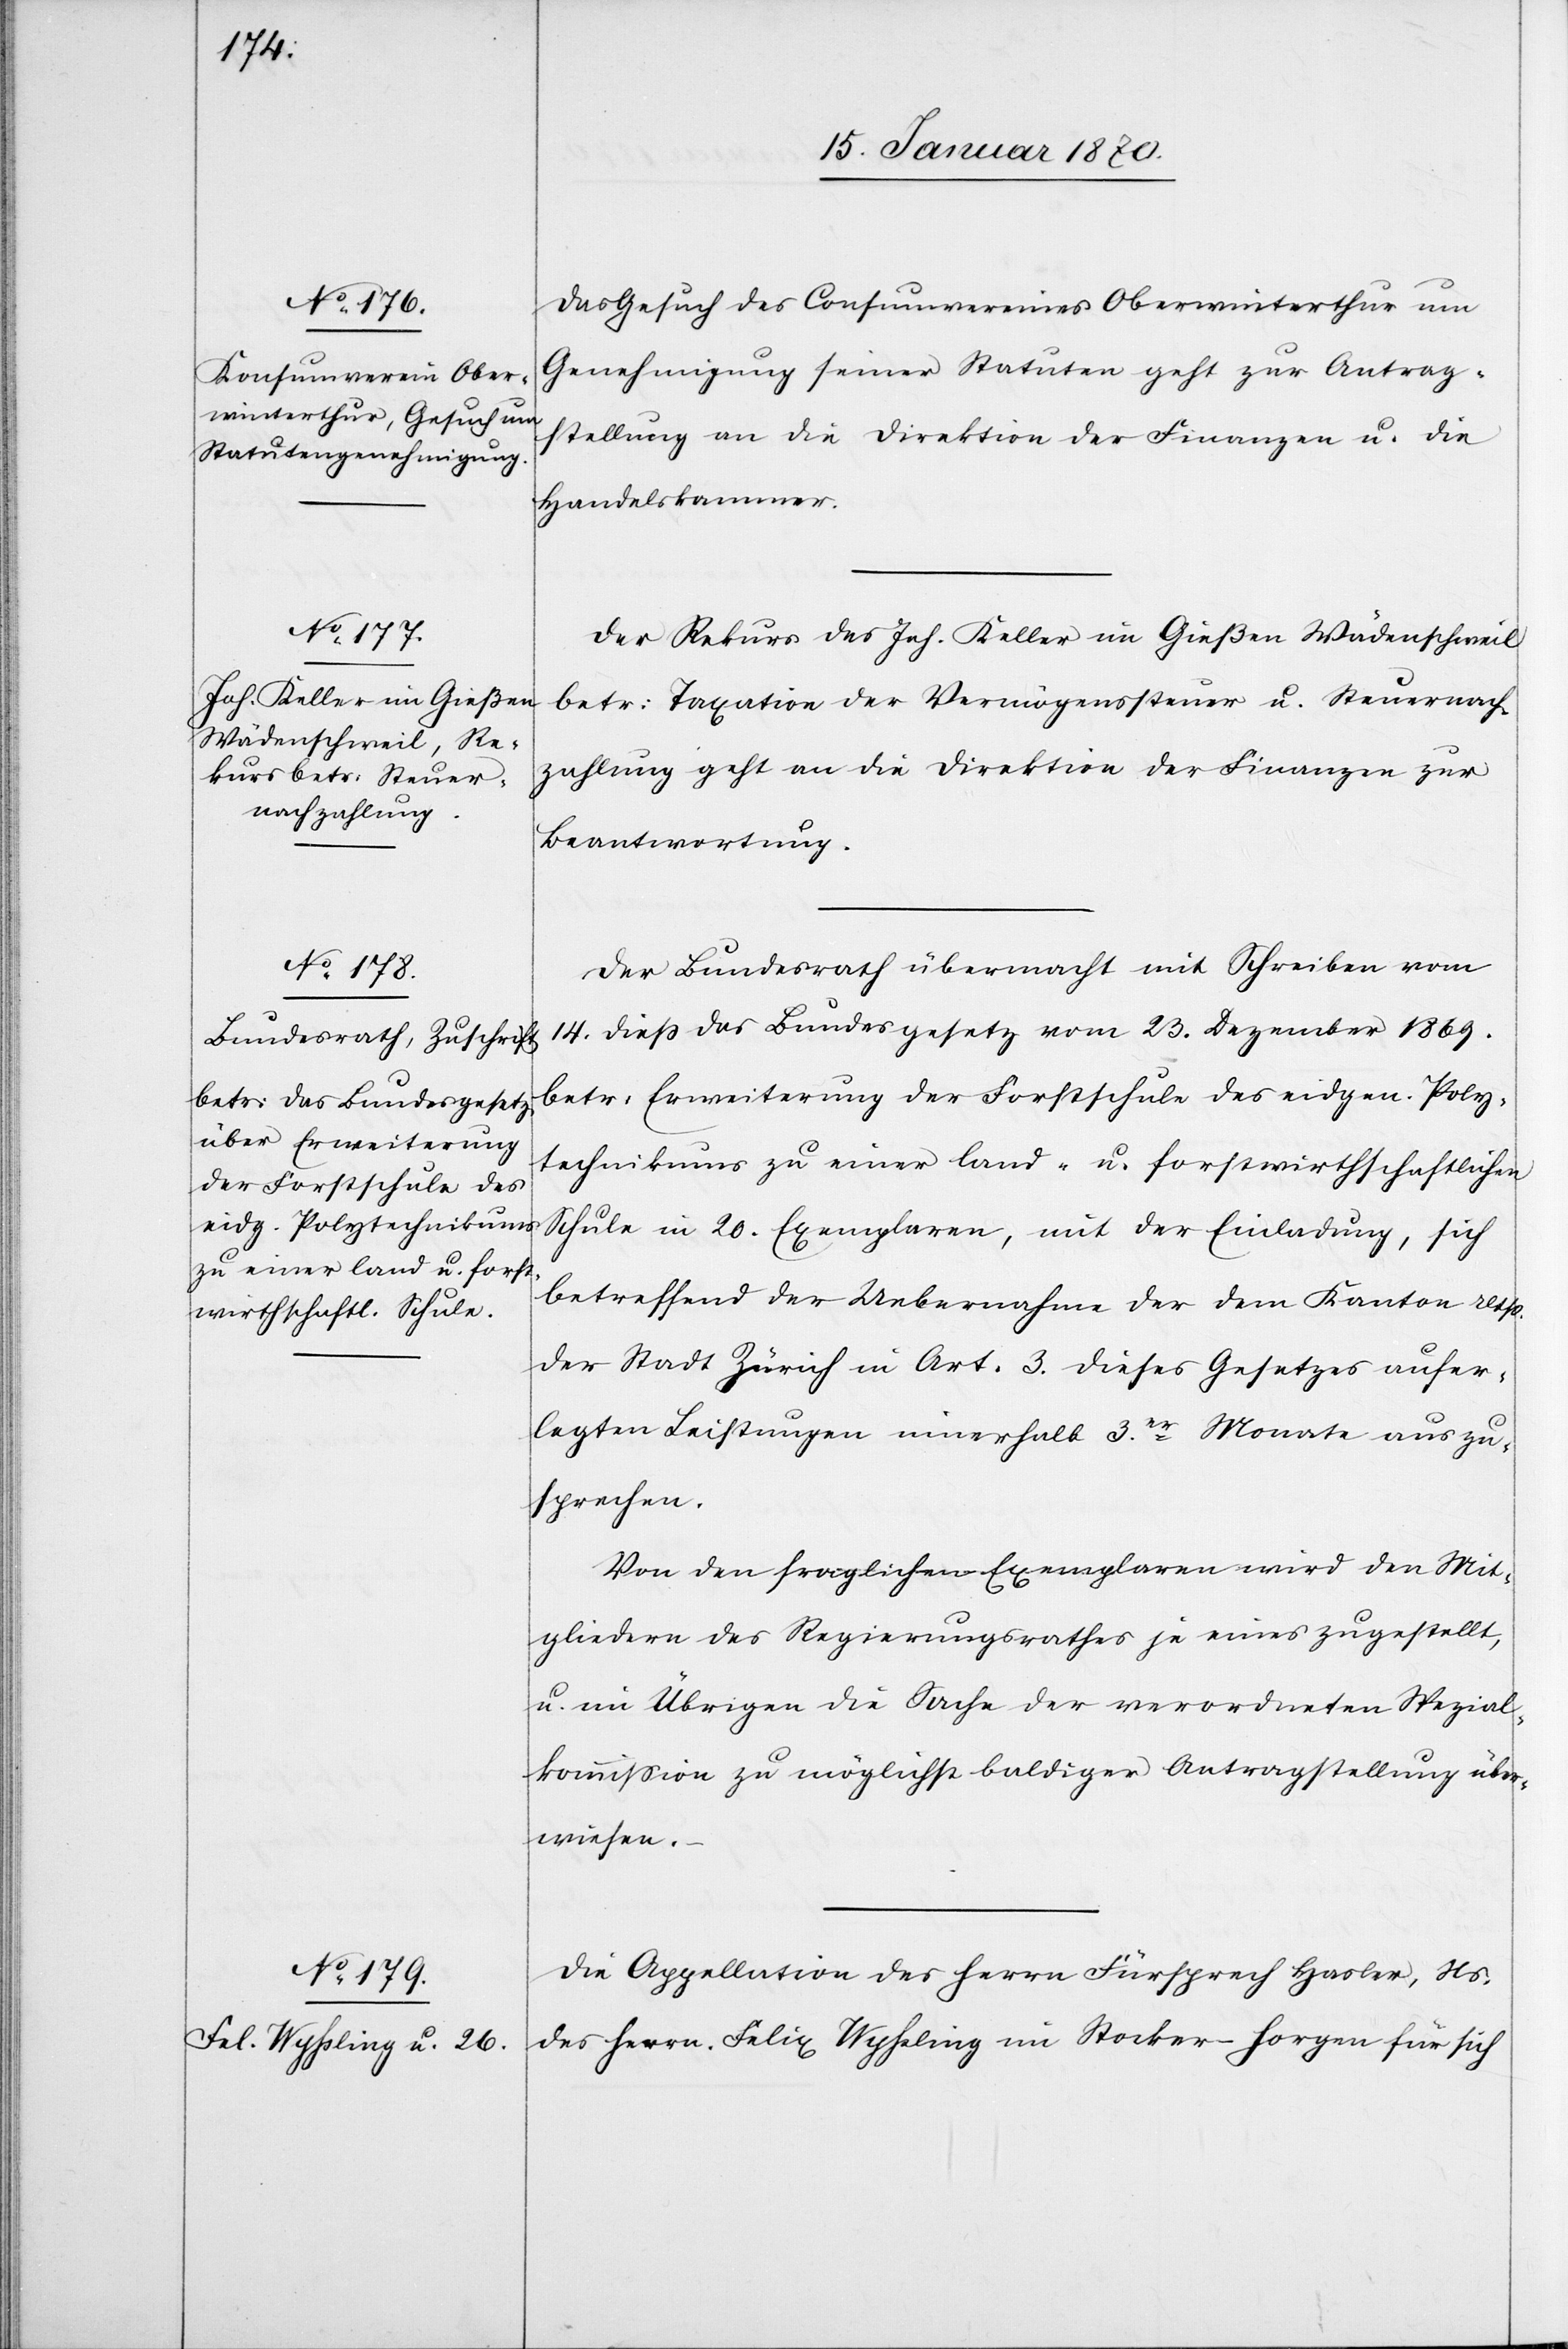
17. Januar 1870.]
Das Gesuch des Consumvereines Oberwinterthur um
Genehmigung seiner Statuten geht zur Antrag¬
stellung an die Direktion der Finanzen u. die
Handelskammer.
Der Rekurs des Joh. Keller im Gießen Wädenschweil
betr: Taxation der Vermögenssteuer u. Steuernach¬
zahlung geht an die Direktion der Finanzen zur
Beantwortung.
Der Bundesrath übermacht mit Schreiben vom
14. dieß das Bundesgesetz vom 23. Dezember 1869.
betr: Erweiterung der Forstschule des eidgen. Poly¬
technikums zu einer land- u. forstwirthschaftlichen
Schule in 20. Exemplaren, mit der Einladung, sich
betreffend der Uebernahme der dem Kanton resp.
der Stadt Zürich in Art. 3. dieses Gesetzes aufer¬
legten Leistungen innerhalb 3.er Monate auszu¬
sprechen.
Von den fraglichen Exemplaren wird den Mit¬
gliedern des Regierungsrathes je eines zugestellt,
u. im Übrigen die Sache der verordneten Spezial¬
kommission zu möglichst baldiger Antragstellung über¬
wiesen.
Die Appellation des Herrn Fürsprech Hasler, Ns.
des Herrn Felix Wyhsling im Stocker –Horgen für sich